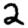
Digit: 2